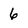
Character: 6